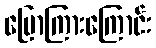
ပြောကြားကြောင်း